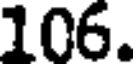
106.